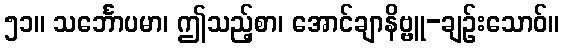
၅၁။ သင်္ဘောပမာ၊ ဤသည့်စာ၊ အောင်ချာနိဗ္ဗူ-ချဉ်းသောဝ်။